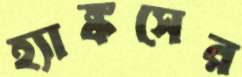
হ্যাঙ্কসের